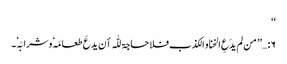
‘‘
۶:…’’ من لم یدَعِ الخنا و الکذب فلا حاجۃ للّٰہ أن یدعَ طعامَہٗ وشرابَہٗ۔